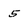
Character: 5